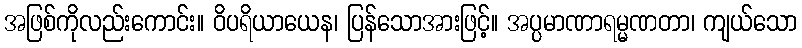
အဖြစ်ကိုလည်းကောင်း။ ဝိပရိယာယေန၊ ပြန်သောအားဖြင့်။ အပ္ပမာဏာရမ္မဏတာ၊ ကျယ်သော